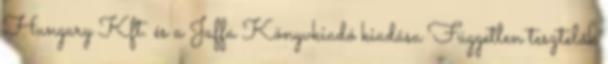
Hungary Kft. és a Jaffa Könyvkiadó kiadása Független tesztelők